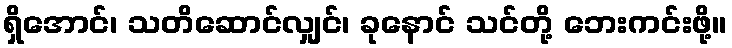
ရှိအောင်၊ သတိဆောင်လျှင်၊ ခုနောင် သင်တို့ ဘေးကင်းဖို့။